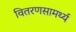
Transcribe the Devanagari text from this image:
वितरणसामर्थ्य